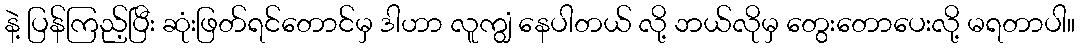
နဲ့ ပြန်ကြည့်ပြီး ဆုံးဖြတ်ရင်တောင်မှ ဒါဟာ လူကျွံ နေပါတယ် လို့ ဘယ်လိုမှ တွေးတောပေးလို့ မရတာပါ။